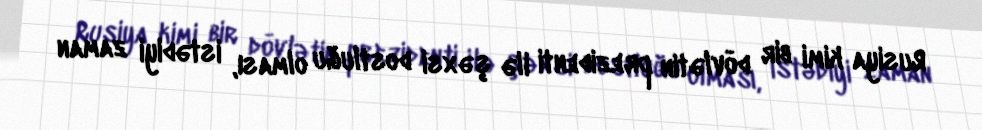
Rusiya kimi bir dövlətin prezidenti ilə şəxsi dostluğu olması, istədiyi zaman